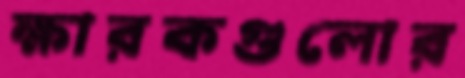
ক্ষারকগুলোর